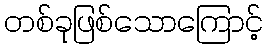
တစ်ခုဖြစ်သောကြောင့်